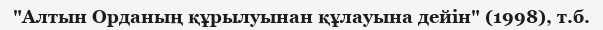
"Алтын Орданың құрылуынан құлауына дейін" (1998), т.б.